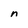
Character: n